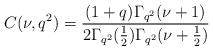
LaTeX: \begin{align*}C(\nu,q^2)=\frac{(1+q)\Gamma_{q^2}(\nu+1)}{2\Gamma_{q^2}(\frac{1}{2})\Gamma_{q^2}(\nu+\frac{1}{2})}\end{align*}